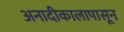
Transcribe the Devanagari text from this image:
अनादीकालापासून